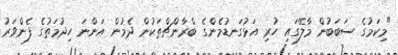
"މިކަމުގެ ސަބަބުން މާލޭގައި ހުރި އަޅުގަނޑުމެންގެ ބްރާންޗްތަކުން ދެމުން އަންނަ ހިދުމަތުގެ ފެންވަރު